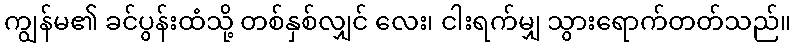
ကျွန်မ၏ ခင်ပွန်းထံသို့ တစ်နှစ်လျှင် လေး၊ ငါးရက်မျှ သွားရောက်တတ်သည်။